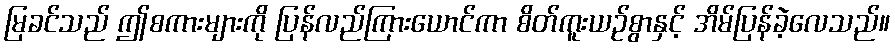
မြခင်သည် ဤစကားများကို ပြန်လည်ကြားယောင်ကာ စိတ်ကူးယဉ်စွာနှင့် အိမ်ပြန်ခဲ့လေသည်။